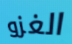
الغزو